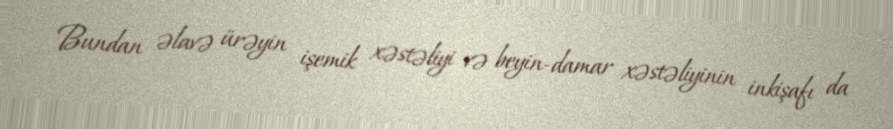
Bundan əlavə ürəyin işemik xəstəliyi və beyin-damar xəstəliyinin inkişafı da